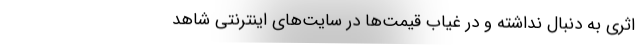
اثری به دنبال نداشته و در غیاب قیمت‌ها در سایت‌های اینترنتی شاهد